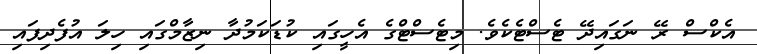
އެކްސް ރޭ ނަގައިދޭ ޓެސްޓެކެވެ. މިޓެސްޓްގެ އެހީގައި ކުޑަކަމުދާ ނިޒާމްގައި ހިލަ އުފެދިފައި